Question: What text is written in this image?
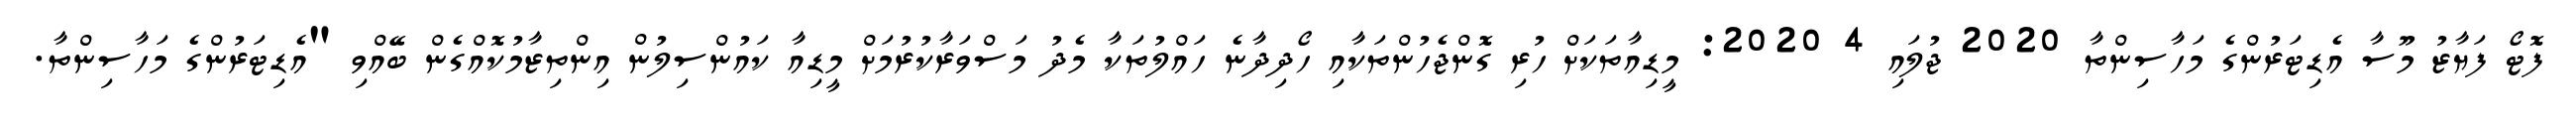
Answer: ފޮޓޯ ފަޔާޒު މޫސާ އެޑިޓަރުންގެ މަހާސިންތާ 2020 ޖުލައި 4 2020: މީޑިއާތަކަށް ހުރި ގޮންޖެހުންތަކާއި ހޯދިދާނެ ހައްލުތަކާ މެދު މަސްވަރާކުރުމަށް މީޑިއާ ކައުންސިލުން އިންތިޒާމުކޮއްގެން ބޭއްވި "އެޑިޓަރުންގެ މަހާސިންތާ.